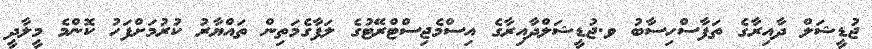
ޖުޑީޝަލް ދާއިރާގެ ތަފާސްހިސާބު ވ.ޖުޑީޝަލްދާއިރާގެ އިސްމެޖިސްޓްރޭޓުގެ ލަފާގެމަތިން ތައްޔާރު ކުރުމަށްފަހު ކޮންމެ މީލާދީ